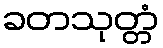
ခတသုတ္တံ